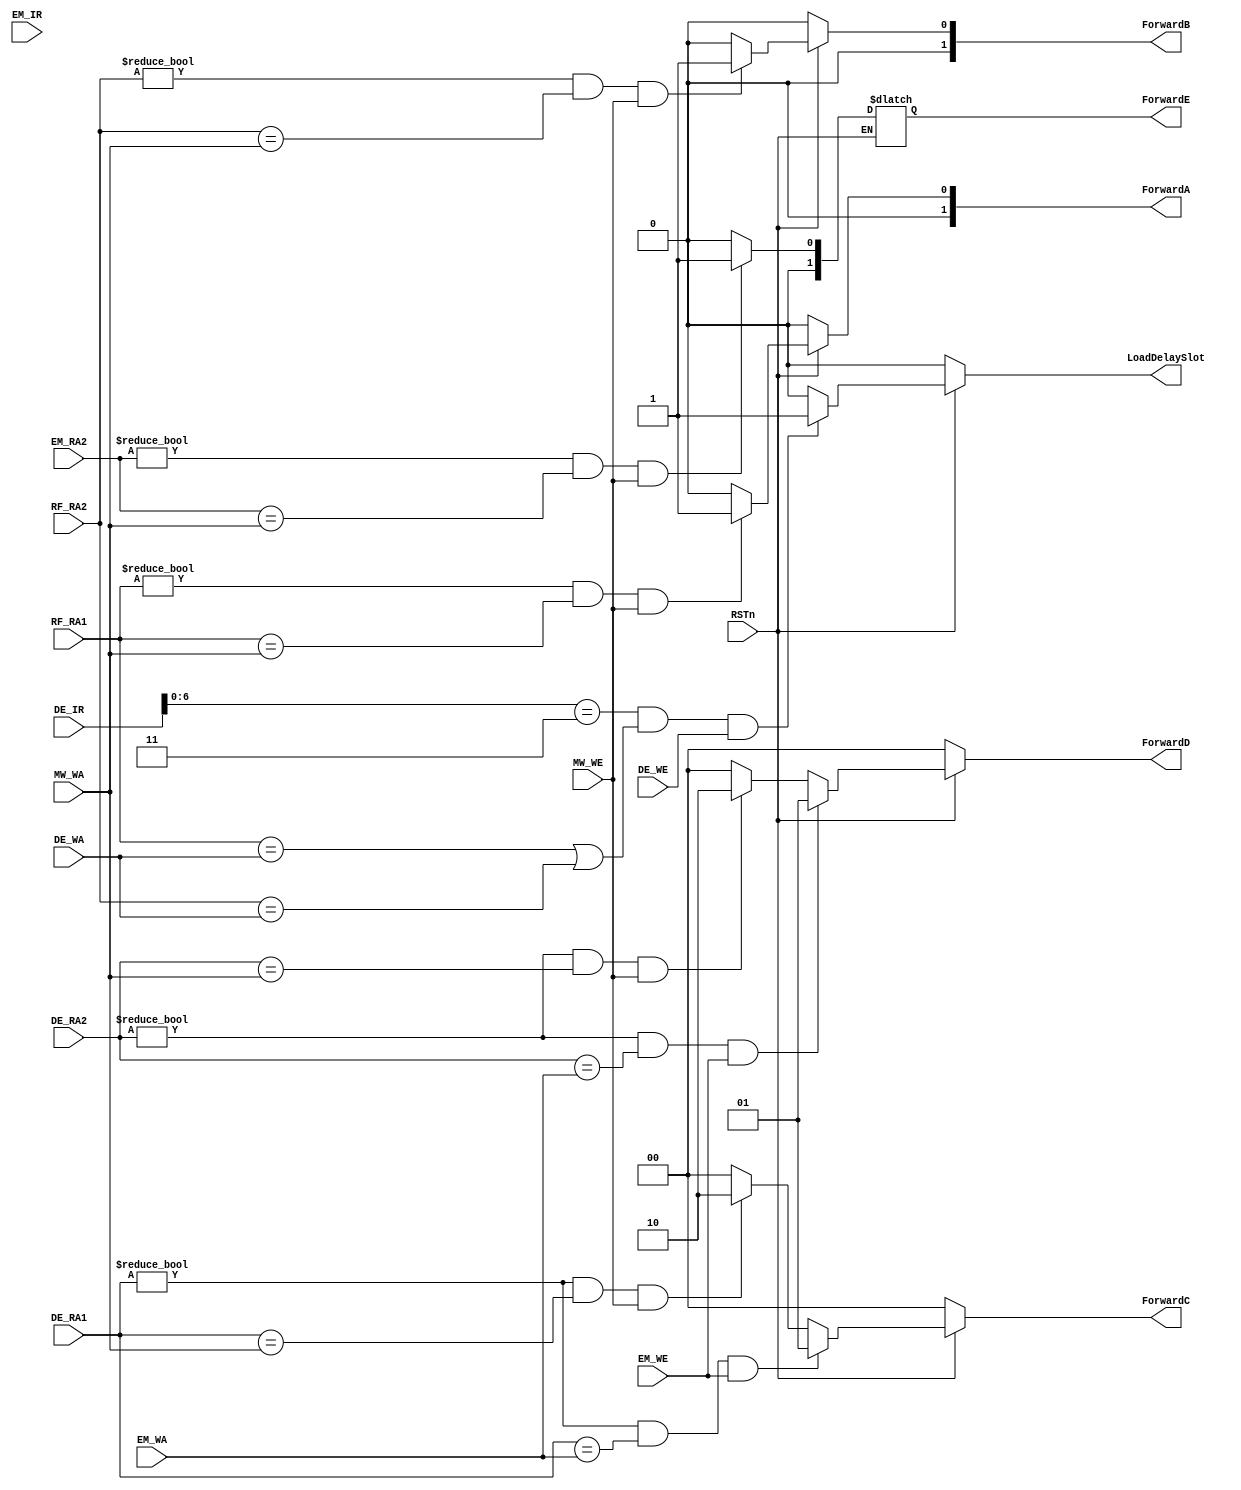
module forwarding_unit(
    input wire RSTn,

    input wire [4:0] RF_RA1,
    input wire [4:0] RF_RA2,
    input wire [4:0] DE_WA,
    input wire [4:0] EM_WA,
    input wire [4:0] MW_WA,
    input wire DE_WE,
    input wire EM_WE,
    input wire MW_WE,
    input wire [31:0] EM_IR,
    input wire [31:0] DE_IR,
    input wire [4:0] DE_RA1,
    input wire [4:0] DE_RA2,
    input wire [4:0] EM_RA2,

    output reg [1:0] ForwardA,
    output reg [1:0] ForwardB,
    output reg [1:0] ForwardC,
    output reg [1:0] ForwardD,
    output reg [1:0] ForwardE,
    output reg LoadDelaySlot
);

    always @(*) begin
        if (~RSTn) begin
            ForwardA = 0;
            ForwardB = 0;
            ForwardC = 0;
            ForwardD = 0;
            LoadDelaySlot = 0;
        end
        else begin            
            ForwardA = ((RF_RA1 != 0) && (RF_RA1 == MW_WA) && MW_WE) ? 1 : 0;
            ForwardB = ((RF_RA2 != 0) && (RF_RA2 == MW_WA) && MW_WE) ? 1 : 0;

            if ((DE_RA1 != 0) && (DE_RA1 == EM_WA) && EM_WE) ForwardC = 1;
            else if ((DE_RA1 != 0) && (DE_RA1 == MW_WA) && MW_WE) ForwardC = 2;
            else ForwardC = 0;
            
            if ((DE_RA2 != 0) && (DE_RA2 == EM_WA) && EM_WE) ForwardD = 1;
            else if ((DE_RA2 != 0) && (DE_RA2 == MW_WA) && MW_WE) ForwardD = 2;
            else ForwardD = 0;

            ForwardE = ((EM_RA2 != 0) && (EM_RA2 == MW_WA) && MW_WE) ? 1 : 0;

            //LoadDelaySlot
            if (DE_IR[6:0] == 7'b0000011 && (RF_RA1 == DE_WA || RF_RA2 == DE_WA) && DE_WE) LoadDelaySlot = 1;
            else LoadDelaySlot = 0;
        end
    end

endmodule